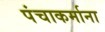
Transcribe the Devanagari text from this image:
पंचाकर्माना